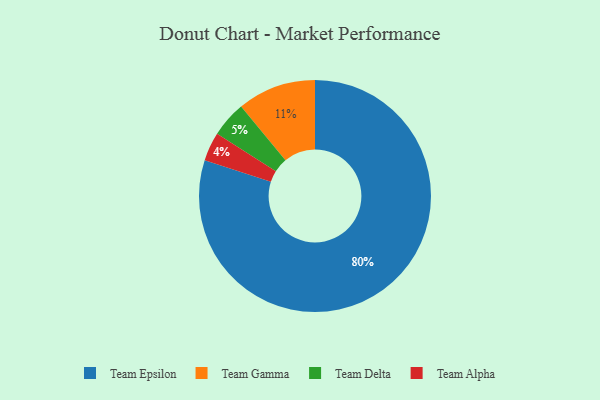
{"axis": {"x": "Category", "y": "Percentage"}, "legend": ["Team Alpha", "Team Delta", "Team Epsilon", "Team Gamma"], "data": [{"x": "Team Epsilon", "y": 80, "type": "Team Epsilon"}, {"x": "Team Delta", "y": 5, "type": "Team Delta"}, {"x": "Team Gamma", "y": 11, "type": "Team Gamma"}, {"x": "Team Alpha", "y": 4, "type": "Team Alpha"}]}